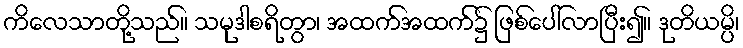
ကိလေသာတို့သည်။ သမုဒါစရိတွာ၊ အထက်အထက်၌ ဖြစ်ပေါ်လာပြီး၍။ ဒုတိယမ္ပိ၊